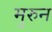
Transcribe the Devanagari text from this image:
मुरुन